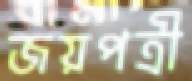
জয়পত্রী